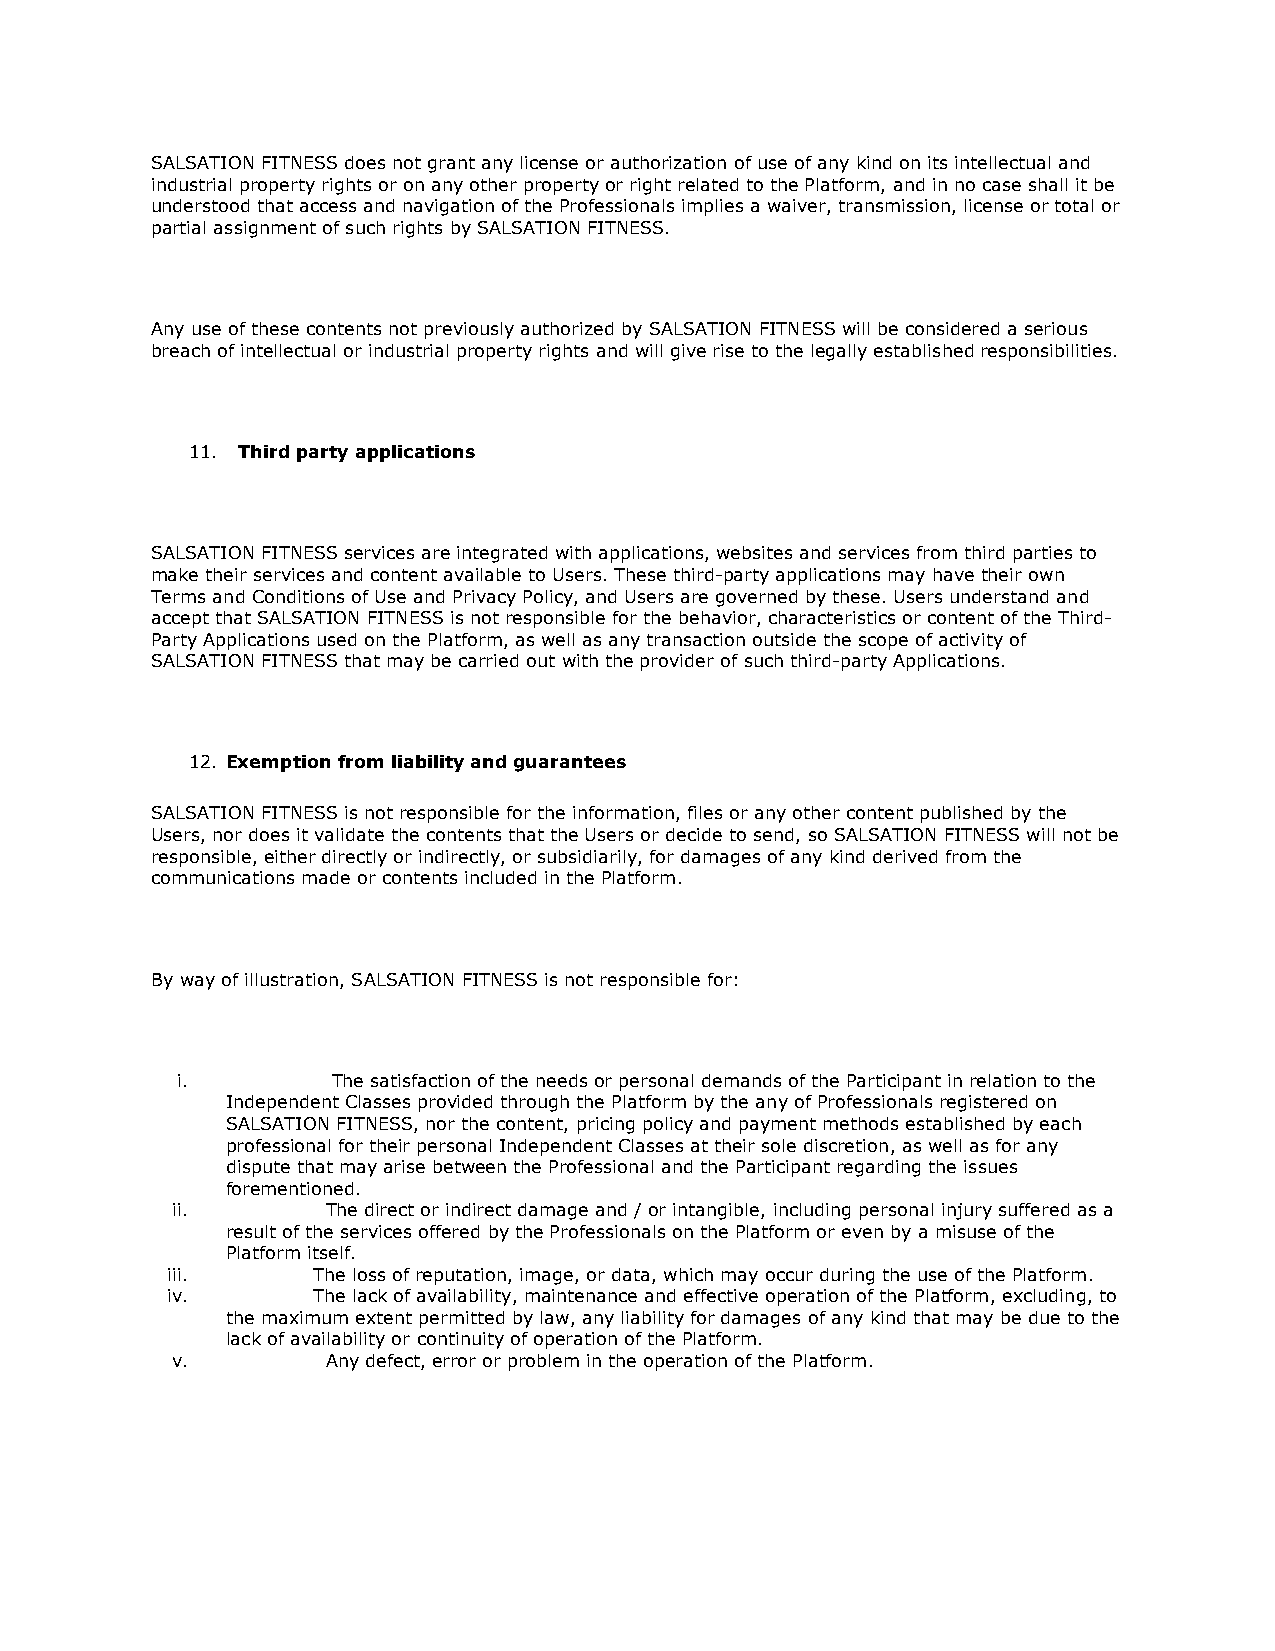
SALSATION FITNESS does not grant any license or authorization of use of any kind on its intellectual and
 industrial property rights or on any other property or right related to the Platform, and in no case shall it be
 understood that access and navigation of the Professionals implies a waiver, transmission, license or total or
 partial assignment of such rights by SALSATION FITNESS.
 Any use of these contents not previously authorized by SALSATION FITNESS will be considered a serious
 breach of intellectual or industrial property rights and will give rise to the legally established responsibilities.
 11. Third party applications
 SALSATION FITNESS services are integrated with applications, websites and services from third parties to
 make their services and content available to Users. These third-party applications may have their own
 Terms and Conditions of Use and Privacy Policy, and Users are governed by these. Users understand and
 accept that SALSATION FITNESS is not responsible for the behavior, characteristics or content of the Third-
 Party Applications used on the Platform, as well as any transaction outside the scope of activity of
 SALSATION FITNESS that may be carried out with the provider of such third-party Applications.
 12. Exemption from liability and guarantees
 SALSATION FITNESS is not responsible for the information, files or any other content published by the
 Users, nor does it validate the contents that the Users or decide to send, so SALSATION FITNESS will not be
 responsible, either directly or indirectly, or subsidiarily, for damages of any kind derived from the
 communications made or contents included in the Platform.
 By way of illustration, SALSATION FITNESS is not responsible for:
 i.        The satisfaction of the needs or personal demands of the Participant in relation to the
 Independent Classes provided through the Platform by the any of Professionals registered on
 SALSATION FITNESS, nor the content, pricing policy and payment methods established by each
 professional for their personal Independent Classes at their sole discretion, as well as for any
 dispute that may arise between the Professional and the Participant regarding the issues
 forementioned.
 ii.        The direct or indirect damage and / or intangible, including personal injury suffered as a
 result of the services offered by the Professionals on the Platform or even by a misuse of the
 Platform itself.
 iii.      The loss of reputation, image, or data, which may occur during the use of the Platform.
 iv.       The lack of availability, maintenance and effective operation of the Platform, excluding, to
 the maximum extent permitted by law, any liability for damages of any kind that may be due to the
 lack of availability or continuity of operation of the Platform.
 v.         Any defect, error or problem in the operation of the Platform.